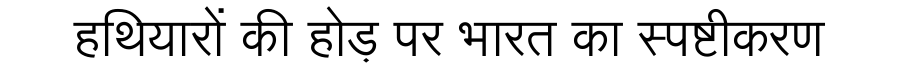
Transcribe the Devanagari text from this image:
हथियारों की होड़ पर भारत का स्पष्टीकरण